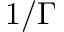
1 / \Gamma